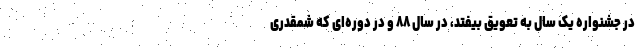
در جشنواره یک سال به تعویق بیفتد، در سال ۸۸ و در دوره‌ای که شمقدری